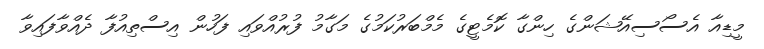
މީޑިއާ އެސޯސިއޭޝަންގެ ހިންގާ ކޮމެޓީގެ މެމްބަރުކަމުގެ މަގާމު ފުރުއްވައި ފަހުން އިސްތިއުފާ ދެއްވާފައިވާ